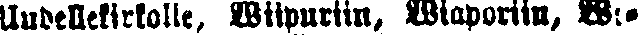
Uudellekirkolle, Wiipuriin, Wiaporiin, We-